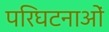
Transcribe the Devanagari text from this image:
परिघटनाओंं